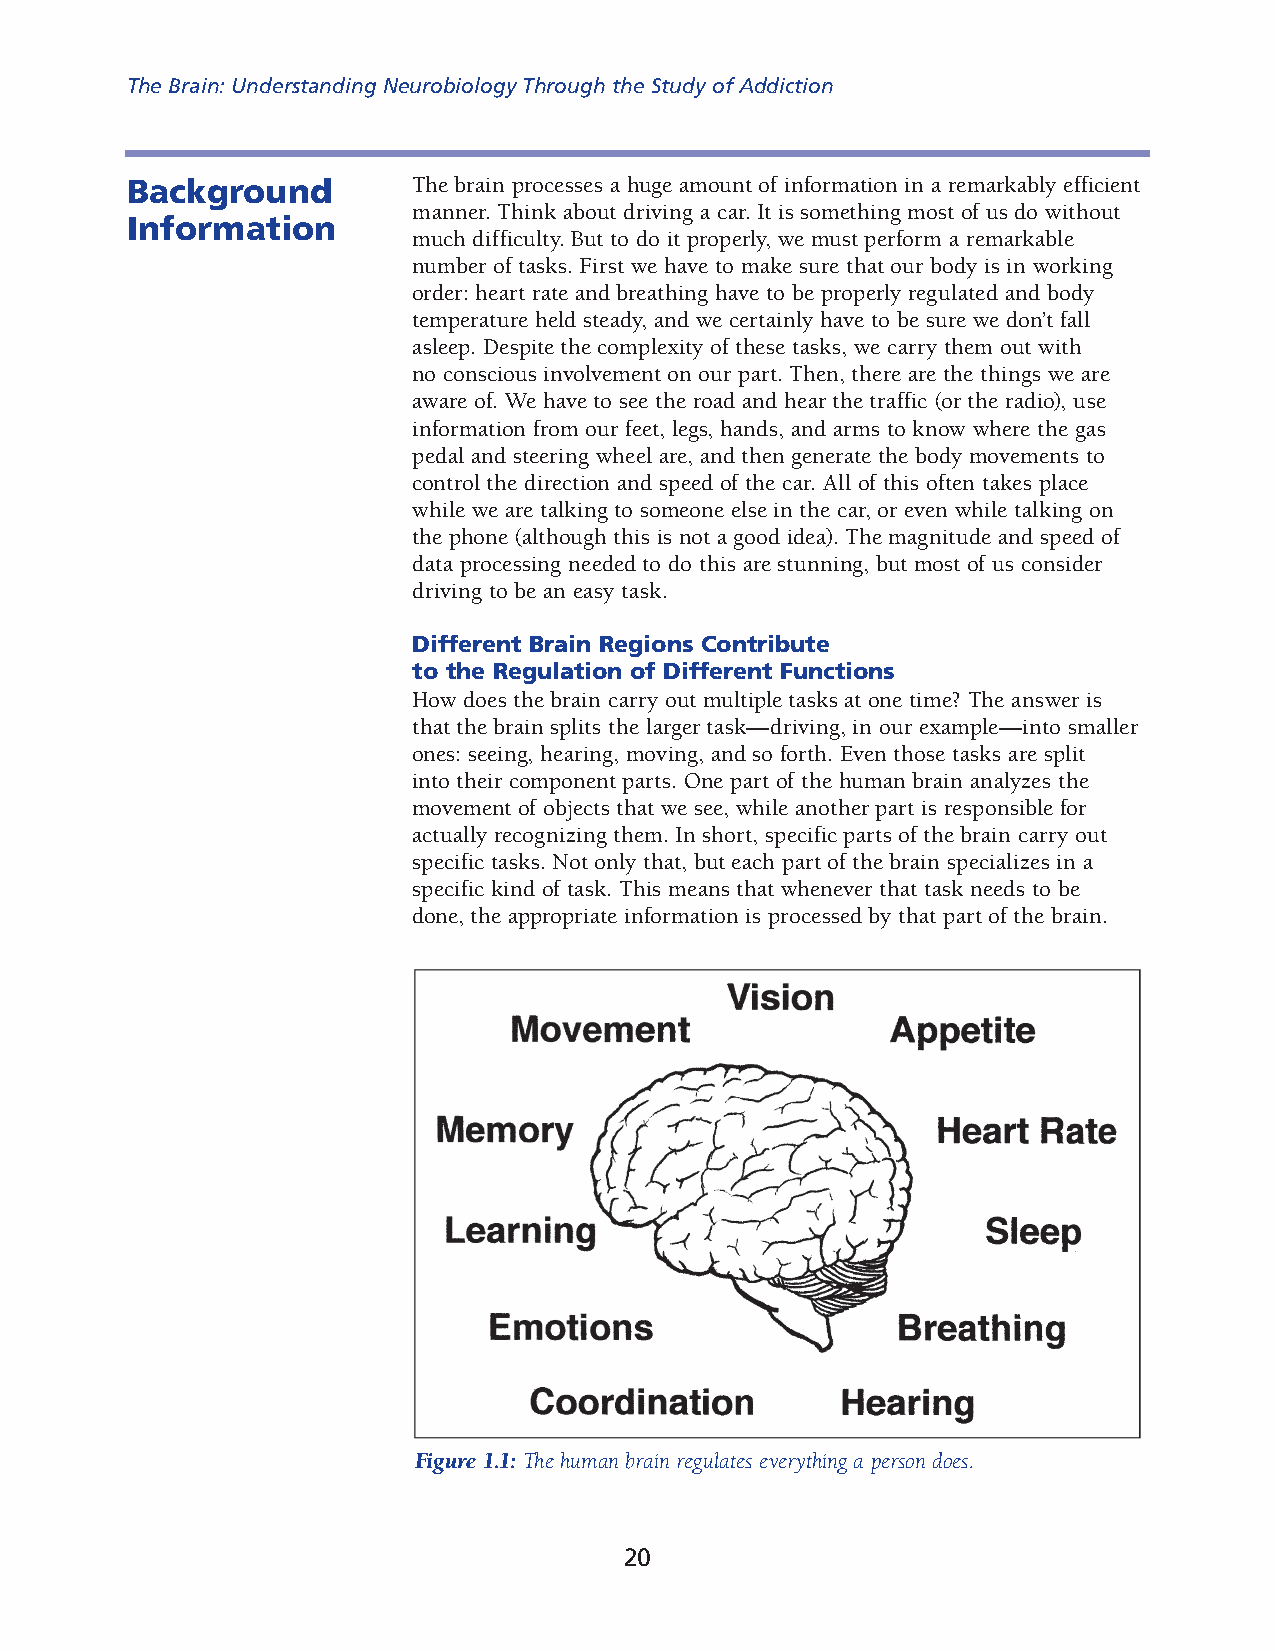
The Brain: Understanding Neurobiology Through the Study of Addiction
 Background         The brain processes a huge amount of information in a remarkably efficient
 manner. Think about driving a car. It is something most of us do without
 Information
 much difficulty. But to do it properly, we must perform a remarkable
 number of tasks. First we have to make sure that our body is in working
 order: heart rate and breathing have to be properly regulated and body
 temperature held steady, and we certainly have to be sure we don’t fall
 asleep. Despite the complexity of these tasks, we carry them out with
 no conscious involvement on our part. Then, there are the things we are
 aware of. We have to see the road and hear the traf fic (or the radio), use
 information from our feet, legs, hands, and arms to know where the gas
 pedal and steering wheel are, and then generate the body move ments to
 control the direction and speed of the car. All of this often takes place
 while we are talking to someone else in the car, or even while talking on
 the phone (although this is not a good idea). The magnitude and speed of
 data processing needed to do this are stunning, but most of us consider
 driving to be an easy task.
 Different Brain Regions Contribute
 to the Regulation of Different Functions
 How does the brain carry out multiple tasks at one time? The answer is
 that the brain splits the larger task—driving, in our example—into smaller
 ones: seeing, hearing, moving, and so forth. Even those tasks are split
 into their component parts. One part of the human brain analyzes the
 movement of objects that we see, while another part is responsible for
 actually recognizing them. In short, specific parts of the brain carry out
 specific tasks. Not only that, but each part of the brain specializes in a
 specific kind of task. This means that whenever that task needs to be
 done, the appropriate information is processed by that part of the brain.
 Figure 1.1: The human brain regulates everything a person does.
 20